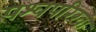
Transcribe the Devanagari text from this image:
पश्वपरिखा